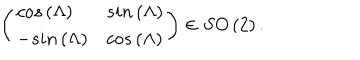
\left( \begin{array} { l l } { { c o s \left( \Lambda \right) } } & { { s i n \left( \Lambda \right) } } \\ { { - s i n \left( \Lambda \right) } } & { { c o s \left( \Lambda \right) } } \\ \end{array} \right) \in S O \left( 2 \right) .